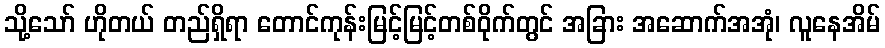
သို့သော် ဟိုတယ် တည်ရှိရာ တောင်ကုန်းမြင့်မြင့်တစ်ဝိုက်တွင် အခြား အဆောက်အအုံ၊ လူနေအိမ်